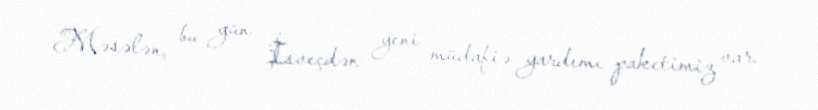
Məsələn, bu gün İsveçdən yeni müdafiə yardımı paketimiz var.